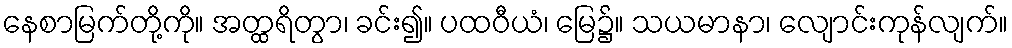
နေစာမြက်တို့ကို။ အတ္ထရိတွာ၊ ခင်း၍။ ပထဝီယံ၊ မြေ၌။ သယမာနာ၊ လျောင်းကုန်လျက်။